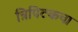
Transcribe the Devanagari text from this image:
त्रिपिटकचा